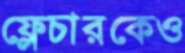
ফ্লেচারকেও